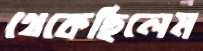
থেকেছিলেম